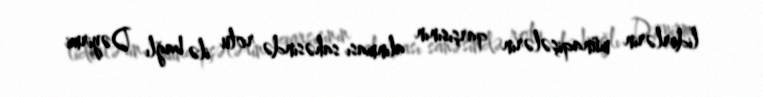
liderlərin münaqişələrin qarşısının alınması sahəsində rolu ilə bağlı Dəyirmi